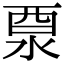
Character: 𨠊